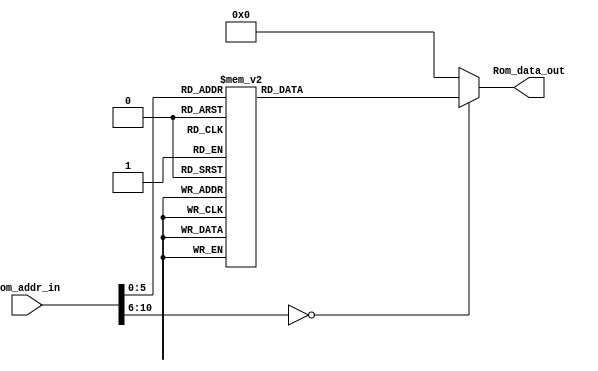
module Rom(Rom_addr_in,Rom_data_out);

//---------
    output [13:0] Rom_data_out;
    input [10:0] Rom_addr_in; 
//---------
    
    reg   [13:0] data;
    wire  [13:0] Rom_data_out;
    
    always @(Rom_addr_in)
        begin
            case (Rom_addr_in)
                11'h0 : data = 14'h2805;
                11'h1 : data = 14'h3400;
                11'h2 : data = 14'h3400;
                11'h4 : data = 14'h2817;
                11'h5 : data = 14'h0103;
                11'h6 : data = 14'h018B;
                11'h7 : data = 14'h0195;
                11'h8 : data = 14'h01A5;
                11'h9 : data = 14'h3003;
                11'ha : data = 14'h3008;
                11'hb : data = 14'h0095;
                11'hc : data = 14'h3014;
                11'hd : data = 14'h0815;
                11'he : data = 14'h07A5;
                11'hf : data = 14'h00A5;
                11'h10 : data = 14'h178B;
                11'h11 : data = 14'h168B;
                11'h12 : data = 14'h3003;
                11'h13 : data = 14'h3004;
                11'h14 : data = 14'h3005;
                11'h15 : data = 14'h3006;
                11'h16 : data = 14'h2816;
                11'h17 : data = 14'h3001;
                11'h18 : data = 14'h00A4;
                11'h19 : data = 14'h3002;
                11'h1a : data = 14'h00A3;
                11'h1b : data = 14'h3003;
                11'h1c : data = 14'h00A2;
                11'h1d : data = 14'h3004;
                11'h1e : data = 14'h00A1;
                11'h1f : data = 14'h3005;
                11'h20 : data = 14'h00A0;
                11'h21 : data = 14'h110B;
                11'h22 : data = 14'h0009;
                default: data = 14'h0;  
            endcase
        end

     assign Rom_data_out = data;

endmodule